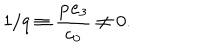
1 / q \equiv { \frac { { \bf p } { \bf e } _ { 3 } } { c _ { 0 } } } \neq 0 .